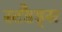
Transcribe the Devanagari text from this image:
स्टैंडड्सं